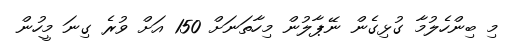
މި ބިންހެލުމާ ގުޅިގެން ނޭޕާލުން މިހާތަނަށް 150 އަށް ވުރެ ގިނަ މީހުން